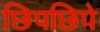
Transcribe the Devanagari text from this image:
छिपछिपे